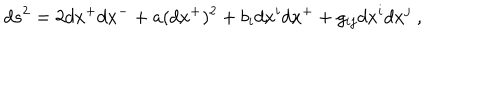
d s ^ { 2 } = 2 d x ^ { + } d x ^ { - } + a ( d x ^ { + } ) ^ { 2 } + b _ { i } d x ^ { i } d x ^ { + } + g _ { i j } d x ^ { i } d x ^ { j } ~ ,